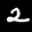
Digit: 2